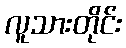
လူသားတိုင်း